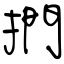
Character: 撋